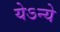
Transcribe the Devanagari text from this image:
येऽन्ये